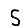
Digit: 5